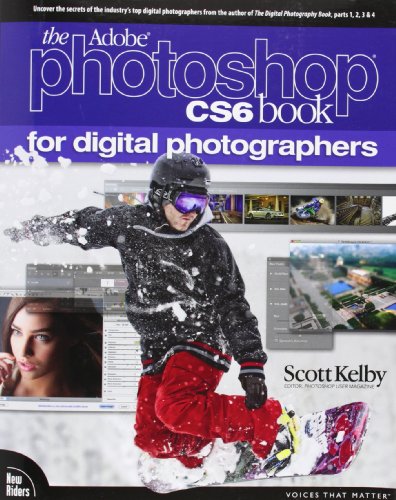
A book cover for The Adobe Photoshop CS6 Book for Digital Photographers (Voices That Matter); Scott Kelby; Computers & Technology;